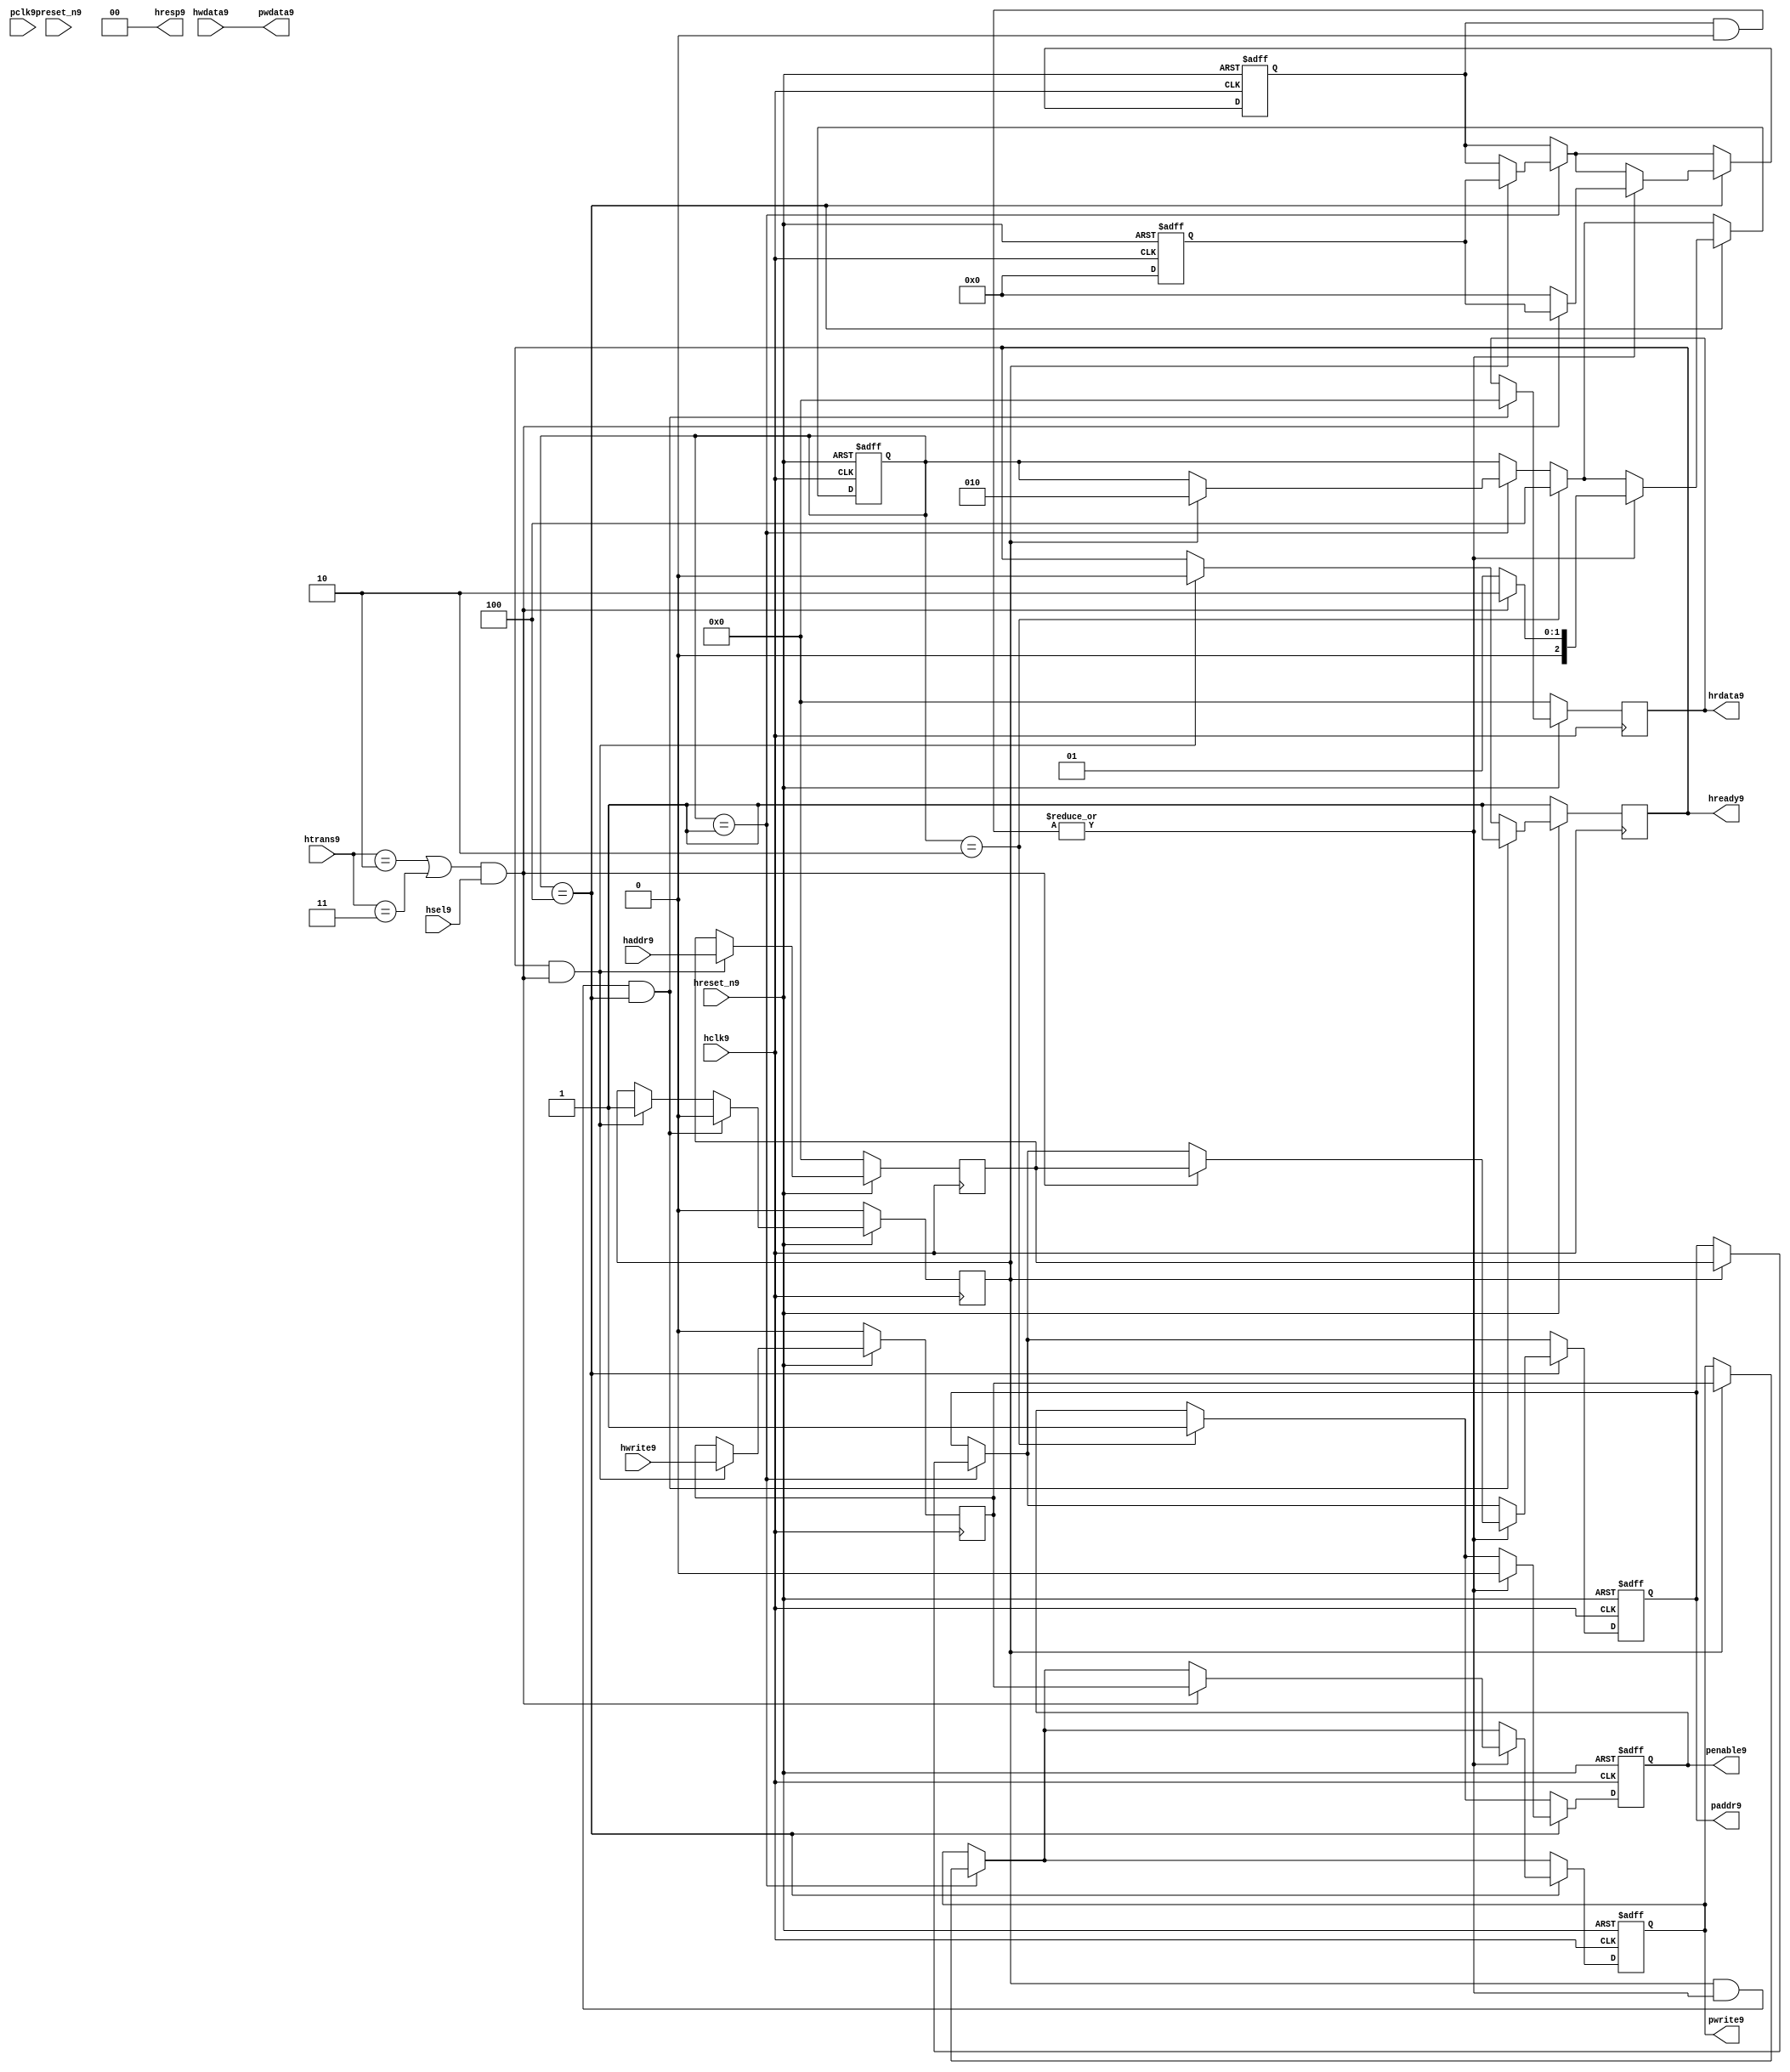
module ahb2apb9
(
  // AHB9 signals9
  hclk9,
  hreset_n9,
  hsel9,
  haddr9,
  htrans9,
  hwdata9,
  hwrite9,
  hrdata9,
  hready9,
  hresp9,
  
  // APB9 signals9 common to all APB9 slaves9
  pclk9,
  preset_n9,
  paddr9,
  penable9,
  pwrite9,
  pwdata9
  
  // Slave9 0 signals9
  `ifdef APB_SLAVE09
  ,psel09
  ,pready09
  ,prdata09
  `endif
  
  // Slave9 1 signals9
  `ifdef APB_SLAVE19
  ,psel19
  ,pready19
  ,prdata19
  `endif
  
  // Slave9 2 signals9
  `ifdef APB_SLAVE29
  ,psel29
  ,pready29
  ,prdata29
  `endif
  
  // Slave9 3 signals9
  `ifdef APB_SLAVE39
  ,psel39
  ,pready39
  ,prdata39
  `endif
  
  // Slave9 4 signals9
  `ifdef APB_SLAVE49
  ,psel49
  ,pready49
  ,prdata49
  `endif
  
  // Slave9 5 signals9
  `ifdef APB_SLAVE59
  ,psel59
  ,pready59
  ,prdata59
  `endif
  
  // Slave9 6 signals9
  `ifdef APB_SLAVE69
  ,psel69
  ,pready69
  ,prdata69
  `endif
  
  // Slave9 7 signals9
  `ifdef APB_SLAVE79
  ,psel79
  ,pready79
  ,prdata79
  `endif
  
  // Slave9 8 signals9
  `ifdef APB_SLAVE89
  ,psel89
  ,pready89
  ,prdata89
  `endif
  
  // Slave9 9 signals9
  `ifdef APB_SLAVE99
  ,psel99
  ,pready99
  ,prdata99
  `endif
  
  // Slave9 10 signals9
  `ifdef APB_SLAVE109
  ,psel109
  ,pready109
  ,prdata109
  `endif
  
  // Slave9 11 signals9
  `ifdef APB_SLAVE119
  ,psel119
  ,pready119
  ,prdata119
  `endif
  
  // Slave9 12 signals9
  `ifdef APB_SLAVE129
  ,psel129
  ,pready129
  ,prdata129
  `endif
  
  // Slave9 13 signals9
  `ifdef APB_SLAVE139
  ,psel139
  ,pready139
  ,prdata139
  `endif
  
  // Slave9 14 signals9
  `ifdef APB_SLAVE149
  ,psel149
  ,pready149
  ,prdata149
  `endif
  
  // Slave9 15 signals9
  `ifdef APB_SLAVE159
  ,psel159
  ,pready159
  ,prdata159
  `endif
  
);

parameter 
  APB_SLAVE0_START_ADDR9  = 32'h00000000,
  APB_SLAVE0_END_ADDR9    = 32'h00000000,
  APB_SLAVE1_START_ADDR9  = 32'h00000000,
  APB_SLAVE1_END_ADDR9    = 32'h00000000,
  APB_SLAVE2_START_ADDR9  = 32'h00000000,
  APB_SLAVE2_END_ADDR9    = 32'h00000000,
  APB_SLAVE3_START_ADDR9  = 32'h00000000,
  APB_SLAVE3_END_ADDR9    = 32'h00000000,
  APB_SLAVE4_START_ADDR9  = 32'h00000000,
  APB_SLAVE4_END_ADDR9    = 32'h00000000,
  APB_SLAVE5_START_ADDR9  = 32'h00000000,
  APB_SLAVE5_END_ADDR9    = 32'h00000000,
  APB_SLAVE6_START_ADDR9  = 32'h00000000,
  APB_SLAVE6_END_ADDR9    = 32'h00000000,
  APB_SLAVE7_START_ADDR9  = 32'h00000000,
  APB_SLAVE7_END_ADDR9    = 32'h00000000,
  APB_SLAVE8_START_ADDR9  = 32'h00000000,
  APB_SLAVE8_END_ADDR9    = 32'h00000000,
  APB_SLAVE9_START_ADDR9  = 32'h00000000,
  APB_SLAVE9_END_ADDR9    = 32'h00000000,
  APB_SLAVE10_START_ADDR9  = 32'h00000000,
  APB_SLAVE10_END_ADDR9    = 32'h00000000,
  APB_SLAVE11_START_ADDR9  = 32'h00000000,
  APB_SLAVE11_END_ADDR9    = 32'h00000000,
  APB_SLAVE12_START_ADDR9  = 32'h00000000,
  APB_SLAVE12_END_ADDR9    = 32'h00000000,
  APB_SLAVE13_START_ADDR9  = 32'h00000000,
  APB_SLAVE13_END_ADDR9    = 32'h00000000,
  APB_SLAVE14_START_ADDR9  = 32'h00000000,
  APB_SLAVE14_END_ADDR9    = 32'h00000000,
  APB_SLAVE15_START_ADDR9  = 32'h00000000,
  APB_SLAVE15_END_ADDR9    = 32'h00000000;

  // AHB9 signals9
input        hclk9;
input        hreset_n9;
input        hsel9;
input[31:0]  haddr9;
input[1:0]   htrans9;
input[31:0]  hwdata9;
input        hwrite9;
output[31:0] hrdata9;
reg   [31:0] hrdata9;
output       hready9;
output[1:0]  hresp9;
  
  // APB9 signals9 common to all APB9 slaves9
input       pclk9;
input       preset_n9;
output[31:0] paddr9;
reg   [31:0] paddr9;
output       penable9;
reg          penable9;
output       pwrite9;
reg          pwrite9;
output[31:0] pwdata9;
  
  // Slave9 0 signals9
`ifdef APB_SLAVE09
  output      psel09;
  input       pready09;
  input[31:0] prdata09;
`endif
  
  // Slave9 1 signals9
`ifdef APB_SLAVE19
  output      psel19;
  input       pready19;
  input[31:0] prdata19;
`endif
  
  // Slave9 2 signals9
`ifdef APB_SLAVE29
  output      psel29;
  input       pready29;
  input[31:0] prdata29;
`endif
  
  // Slave9 3 signals9
`ifdef APB_SLAVE39
  output      psel39;
  input       pready39;
  input[31:0] prdata39;
`endif
  
  // Slave9 4 signals9
`ifdef APB_SLAVE49
  output      psel49;
  input       pready49;
  input[31:0] prdata49;
`endif
  
  // Slave9 5 signals9
`ifdef APB_SLAVE59
  output      psel59;
  input       pready59;
  input[31:0] prdata59;
`endif
  
  // Slave9 6 signals9
`ifdef APB_SLAVE69
  output      psel69;
  input       pready69;
  input[31:0] prdata69;
`endif
  
  // Slave9 7 signals9
`ifdef APB_SLAVE79
  output      psel79;
  input       pready79;
  input[31:0] prdata79;
`endif
  
  // Slave9 8 signals9
`ifdef APB_SLAVE89
  output      psel89;
  input       pready89;
  input[31:0] prdata89;
`endif
  
  // Slave9 9 signals9
`ifdef APB_SLAVE99
  output      psel99;
  input       pready99;
  input[31:0] prdata99;
`endif
  
  // Slave9 10 signals9
`ifdef APB_SLAVE109
  output      psel109;
  input       pready109;
  input[31:0] prdata109;
`endif
  
  // Slave9 11 signals9
`ifdef APB_SLAVE119
  output      psel119;
  input       pready119;
  input[31:0] prdata119;
`endif
  
  // Slave9 12 signals9
`ifdef APB_SLAVE129
  output      psel129;
  input       pready129;
  input[31:0] prdata129;
`endif
  
  // Slave9 13 signals9
`ifdef APB_SLAVE139
  output      psel139;
  input       pready139;
  input[31:0] prdata139;
`endif
  
  // Slave9 14 signals9
`ifdef APB_SLAVE149
  output      psel149;
  input       pready149;
  input[31:0] prdata149;
`endif
  
  // Slave9 15 signals9
`ifdef APB_SLAVE159
  output      psel159;
  input       pready159;
  input[31:0] prdata159;
`endif
 
reg         ahb_addr_phase9;
reg         ahb_data_phase9;
wire        valid_ahb_trans9;
wire        pready_muxed9;
wire [31:0] prdata_muxed9;
reg  [31:0] haddr_reg9;
reg         hwrite_reg9;
reg  [2:0]  apb_state9;
wire [2:0]  apb_state_idle9;
wire [2:0]  apb_state_setup9;
wire [2:0]  apb_state_access9;
reg  [15:0] slave_select9;
wire [15:0] pready_vector9;
reg  [15:0] psel_vector9;
wire [31:0] prdata0_q9;
wire [31:0] prdata1_q9;
wire [31:0] prdata2_q9;
wire [31:0] prdata3_q9;
wire [31:0] prdata4_q9;
wire [31:0] prdata5_q9;
wire [31:0] prdata6_q9;
wire [31:0] prdata7_q9;
wire [31:0] prdata8_q9;
wire [31:0] prdata9_q9;
wire [31:0] prdata10_q9;
wire [31:0] prdata11_q9;
wire [31:0] prdata12_q9;
wire [31:0] prdata13_q9;
wire [31:0] prdata14_q9;
wire [31:0] prdata15_q9;

// assign pclk9     = hclk9;
// assign preset_n9 = hreset_n9;
assign hready9   = ahb_addr_phase9;
assign pwdata9   = hwdata9;
assign hresp9  = 2'b00;

// Respond9 to NONSEQ9 or SEQ transfers9
assign valid_ahb_trans9 = ((htrans9 == 2'b10) || (htrans9 == 2'b11)) && (hsel9 == 1'b1);

always @(posedge hclk9) begin
  if (hreset_n9 == 1'b0) begin
    ahb_addr_phase9 <= 1'b1;
    ahb_data_phase9 <= 1'b0;
    haddr_reg9      <= 'b0;
    hwrite_reg9     <= 1'b0;
    hrdata9         <= 'b0;
  end
  else begin
    if (ahb_addr_phase9 == 1'b1 && valid_ahb_trans9 == 1'b1) begin
      ahb_addr_phase9 <= 1'b0;
      ahb_data_phase9 <= 1'b1;
      haddr_reg9      <= haddr9;
      hwrite_reg9     <= hwrite9;
    end
    if (ahb_data_phase9 == 1'b1 && pready_muxed9 == 1'b1 && apb_state9 == apb_state_access9) begin
      ahb_addr_phase9 <= 1'b1;
      ahb_data_phase9 <= 1'b0;
      hrdata9         <= prdata_muxed9;
    end
  end
end

// APB9 state machine9 state definitions9
assign apb_state_idle9   = 3'b001;
assign apb_state_setup9  = 3'b010;
assign apb_state_access9 = 3'b100;

// APB9 state machine9
always @(posedge hclk9 or negedge hreset_n9) begin
  if (hreset_n9 == 1'b0) begin
    apb_state9   <= apb_state_idle9;
    psel_vector9 <= 1'b0;
    penable9     <= 1'b0;
    paddr9       <= 1'b0;
    pwrite9      <= 1'b0;
  end  
  else begin
    
    // IDLE9 -> SETUP9
    if (apb_state9 == apb_state_idle9) begin
      if (ahb_data_phase9 == 1'b1) begin
        apb_state9   <= apb_state_setup9;
        psel_vector9 <= slave_select9;
        paddr9       <= haddr_reg9;
        pwrite9      <= hwrite_reg9;
      end  
    end
    
    // SETUP9 -> TRANSFER9
    if (apb_state9 == apb_state_setup9) begin
      apb_state9 <= apb_state_access9;
      penable9   <= 1'b1;
    end
    
    // TRANSFER9 -> SETUP9 or
    // TRANSFER9 -> IDLE9
    if (apb_state9 == apb_state_access9) begin
      if (pready_muxed9 == 1'b1) begin
      
        // TRANSFER9 -> SETUP9
        if (valid_ahb_trans9 == 1'b1) begin
          apb_state9   <= apb_state_setup9;
          penable9     <= 1'b0;
          psel_vector9 <= slave_select9;
          paddr9       <= haddr_reg9;
          pwrite9      <= hwrite_reg9;
        end  
        
        // TRANSFER9 -> IDLE9
        else begin
          apb_state9   <= apb_state_idle9;      
          penable9     <= 1'b0;
          psel_vector9 <= 'b0;
        end  
      end
    end
    
  end
end

always @(posedge hclk9 or negedge hreset_n9) begin
  if (hreset_n9 == 1'b0)
    slave_select9 <= 'b0;
  else begin  
  `ifdef APB_SLAVE09
     slave_select9[0]   <= valid_ahb_trans9 && (haddr9 >= APB_SLAVE0_START_ADDR9)  && (haddr9 <= APB_SLAVE0_END_ADDR9);
   `else
     slave_select9[0]   <= 1'b0;
   `endif
   
   `ifdef APB_SLAVE19
     slave_select9[1]   <= valid_ahb_trans9 && (haddr9 >= APB_SLAVE1_START_ADDR9)  && (haddr9 <= APB_SLAVE1_END_ADDR9);
   `else
     slave_select9[1]   <= 1'b0;
   `endif  
     
   `ifdef APB_SLAVE29  
     slave_select9[2]   <= valid_ahb_trans9 && (haddr9 >= APB_SLAVE2_START_ADDR9)  && (haddr9 <= APB_SLAVE2_END_ADDR9);
   `else
     slave_select9[2]   <= 1'b0;
   `endif  
     
   `ifdef APB_SLAVE39  
     slave_select9[3]   <= valid_ahb_trans9 && (haddr9 >= APB_SLAVE3_START_ADDR9)  && (haddr9 <= APB_SLAVE3_END_ADDR9);
   `else
     slave_select9[3]   <= 1'b0;
   `endif  
     
   `ifdef APB_SLAVE49  
     slave_select9[4]   <= valid_ahb_trans9 && (haddr9 >= APB_SLAVE4_START_ADDR9)  && (haddr9 <= APB_SLAVE4_END_ADDR9);
   `else
     slave_select9[4]   <= 1'b0;
   `endif  
     
   `ifdef APB_SLAVE59  
     slave_select9[5]   <= valid_ahb_trans9 && (haddr9 >= APB_SLAVE5_START_ADDR9)  && (haddr9 <= APB_SLAVE5_END_ADDR9);
   `else
     slave_select9[5]   <= 1'b0;
   `endif  
     
   `ifdef APB_SLAVE69  
     slave_select9[6]   <= valid_ahb_trans9 && (haddr9 >= APB_SLAVE6_START_ADDR9)  && (haddr9 <= APB_SLAVE6_END_ADDR9);
   `else
     slave_select9[6]   <= 1'b0;
   `endif  
     
   `ifdef APB_SLAVE79  
     slave_select9[7]   <= valid_ahb_trans9 && (haddr9 >= APB_SLAVE7_START_ADDR9)  && (haddr9 <= APB_SLAVE7_END_ADDR9);
   `else
     slave_select9[7]   <= 1'b0;
   `endif  
     
   `ifdef APB_SLAVE89  
     slave_select9[8]   <= valid_ahb_trans9 && (haddr9 >= APB_SLAVE8_START_ADDR9)  && (haddr9 <= APB_SLAVE8_END_ADDR9);
   `else
     slave_select9[8]   <= 1'b0;
   `endif  
     
   `ifdef APB_SLAVE99  
     slave_select9[9]   <= valid_ahb_trans9 && (haddr9 >= APB_SLAVE9_START_ADDR9)  && (haddr9 <= APB_SLAVE9_END_ADDR9);
   `else
     slave_select9[9]   <= 1'b0;
   `endif  
     
   `ifdef APB_SLAVE109  
     slave_select9[10]  <= valid_ahb_trans9 && (haddr9 >= APB_SLAVE10_START_ADDR9) && (haddr9 <= APB_SLAVE10_END_ADDR9);
   `else
     slave_select9[10]   <= 1'b0;
   `endif  
     
   `ifdef APB_SLAVE119  
     slave_select9[11]  <= valid_ahb_trans9 && (haddr9 >= APB_SLAVE11_START_ADDR9) && (haddr9 <= APB_SLAVE11_END_ADDR9);
   `else
     slave_select9[11]   <= 1'b0;
   `endif  
     
   `ifdef APB_SLAVE129  
     slave_select9[12]  <= valid_ahb_trans9 && (haddr9 >= APB_SLAVE12_START_ADDR9) && (haddr9 <= APB_SLAVE12_END_ADDR9);
   `else
     slave_select9[12]   <= 1'b0;
   `endif  
     
   `ifdef APB_SLAVE139  
     slave_select9[13]  <= valid_ahb_trans9 && (haddr9 >= APB_SLAVE13_START_ADDR9) && (haddr9 <= APB_SLAVE13_END_ADDR9);
   `else
     slave_select9[13]   <= 1'b0;
   `endif  
     
   `ifdef APB_SLAVE149  
     slave_select9[14]  <= valid_ahb_trans9 && (haddr9 >= APB_SLAVE14_START_ADDR9) && (haddr9 <= APB_SLAVE14_END_ADDR9);
   `else
     slave_select9[14]   <= 1'b0;
   `endif  
     
   `ifdef APB_SLAVE159  
     slave_select9[15]  <= valid_ahb_trans9 && (haddr9 >= APB_SLAVE15_START_ADDR9) && (haddr9 <= APB_SLAVE15_END_ADDR9);
   `else
     slave_select9[15]   <= 1'b0;
   `endif  
  end
end

assign pready_muxed9 = |(psel_vector9 & pready_vector9);
assign prdata_muxed9 = prdata0_q9  | prdata1_q9  | prdata2_q9  | prdata3_q9  |
                      prdata4_q9  | prdata5_q9  | prdata6_q9  | prdata7_q9  |
                      prdata8_q9  | prdata9_q9  | prdata10_q9 | prdata11_q9 |
                      prdata12_q9 | prdata13_q9 | prdata14_q9 | prdata15_q9 ;

`ifdef APB_SLAVE09
  assign psel09            = psel_vector9[0];
  assign pready_vector9[0] = pready09;
  assign prdata0_q9        = (psel09 == 1'b1) ? prdata09 : 'b0;
`else
  assign pready_vector9[0] = 1'b0;
  assign prdata0_q9        = 'b0;
`endif

`ifdef APB_SLAVE19
  assign psel19            = psel_vector9[1];
  assign pready_vector9[1] = pready19;
  assign prdata1_q9        = (psel19 == 1'b1) ? prdata19 : 'b0;
`else
  assign pready_vector9[1] = 1'b0;
  assign prdata1_q9        = 'b0;
`endif

`ifdef APB_SLAVE29
  assign psel29            = psel_vector9[2];
  assign pready_vector9[2] = pready29;
  assign prdata2_q9        = (psel29 == 1'b1) ? prdata29 : 'b0;
`else
  assign pready_vector9[2] = 1'b0;
  assign prdata2_q9        = 'b0;
`endif

`ifdef APB_SLAVE39
  assign psel39            = psel_vector9[3];
  assign pready_vector9[3] = pready39;
  assign prdata3_q9        = (psel39 == 1'b1) ? prdata39 : 'b0;
`else
  assign pready_vector9[3] = 1'b0;
  assign prdata3_q9        = 'b0;
`endif

`ifdef APB_SLAVE49
  assign psel49            = psel_vector9[4];
  assign pready_vector9[4] = pready49;
  assign prdata4_q9        = (psel49 == 1'b1) ? prdata49 : 'b0;
`else
  assign pready_vector9[4] = 1'b0;
  assign prdata4_q9        = 'b0;
`endif

`ifdef APB_SLAVE59
  assign psel59            = psel_vector9[5];
  assign pready_vector9[5] = pready59;
  assign prdata5_q9        = (psel59 == 1'b1) ? prdata59 : 'b0;
`else
  assign pready_vector9[5] = 1'b0;
  assign prdata5_q9        = 'b0;
`endif

`ifdef APB_SLAVE69
  assign psel69            = psel_vector9[6];
  assign pready_vector9[6] = pready69;
  assign prdata6_q9        = (psel69 == 1'b1) ? prdata69 : 'b0;
`else
  assign pready_vector9[6] = 1'b0;
  assign prdata6_q9        = 'b0;
`endif

`ifdef APB_SLAVE79
  assign psel79            = psel_vector9[7];
  assign pready_vector9[7] = pready79;
  assign prdata7_q9        = (psel79 == 1'b1) ? prdata79 : 'b0;
`else
  assign pready_vector9[7] = 1'b0;
  assign prdata7_q9        = 'b0;
`endif

`ifdef APB_SLAVE89
  assign psel89            = psel_vector9[8];
  assign pready_vector9[8] = pready89;
  assign prdata8_q9        = (psel89 == 1'b1) ? prdata89 : 'b0;
`else
  assign pready_vector9[8] = 1'b0;
  assign prdata8_q9        = 'b0;
`endif

`ifdef APB_SLAVE99
  assign psel99            = psel_vector9[9];
  assign pready_vector9[9] = pready99;
  assign prdata9_q9        = (psel99 == 1'b1) ? prdata99 : 'b0;
`else
  assign pready_vector9[9] = 1'b0;
  assign prdata9_q9        = 'b0;
`endif

`ifdef APB_SLAVE109
  assign psel109            = psel_vector9[10];
  assign pready_vector9[10] = pready109;
  assign prdata10_q9        = (psel109 == 1'b1) ? prdata109 : 'b0;
`else
  assign pready_vector9[10] = 1'b0;
  assign prdata10_q9        = 'b0;
`endif

`ifdef APB_SLAVE119
  assign psel119            = psel_vector9[11];
  assign pready_vector9[11] = pready119;
  assign prdata11_q9        = (psel119 == 1'b1) ? prdata119 : 'b0;
`else
  assign pready_vector9[11] = 1'b0;
  assign prdata11_q9        = 'b0;
`endif

`ifdef APB_SLAVE129
  assign psel129            = psel_vector9[12];
  assign pready_vector9[12] = pready129;
  assign prdata12_q9        = (psel129 == 1'b1) ? prdata129 : 'b0;
`else
  assign pready_vector9[12] = 1'b0;
  assign prdata12_q9        = 'b0;
`endif

`ifdef APB_SLAVE139
  assign psel139            = psel_vector9[13];
  assign pready_vector9[13] = pready139;
  assign prdata13_q9        = (psel139 == 1'b1) ? prdata139 : 'b0;
`else
  assign pready_vector9[13] = 1'b0;
  assign prdata13_q9        = 'b0;
`endif

`ifdef APB_SLAVE149
  assign psel149            = psel_vector9[14];
  assign pready_vector9[14] = pready149;
  assign prdata14_q9        = (psel149 == 1'b1) ? prdata149 : 'b0;
`else
  assign pready_vector9[14] = 1'b0;
  assign prdata14_q9        = 'b0;
`endif

`ifdef APB_SLAVE159
  assign psel159            = psel_vector9[15];
  assign pready_vector9[15] = pready159;
  assign prdata15_q9        = (psel159 == 1'b1) ? prdata159 : 'b0;
`else
  assign pready_vector9[15] = 1'b0;
  assign prdata15_q9        = 'b0;
`endif

endmodule